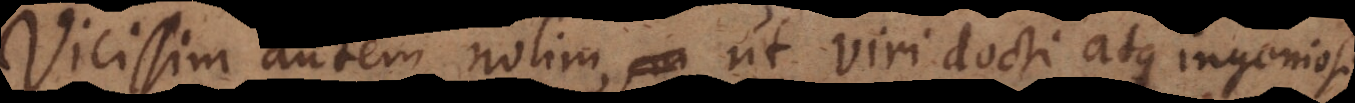
Vicissim autem nolim, ut viri docti atque ingeniosi